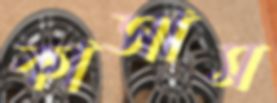
কাসাম